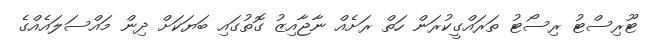
ޓޫރިސްޓު ރިސޯޓު ތަރައްގީކުރަން ހަތް ރަށެއް ނާޖާއިޒު ގޮތުގައި ބަޔަކަށް ދިން މައްސަލައެއްގެ